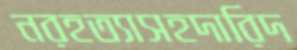
নরহত্যাসহদারিদ